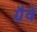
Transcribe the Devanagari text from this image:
ग्रैवे